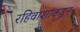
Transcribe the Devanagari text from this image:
रहिवाशांकडून